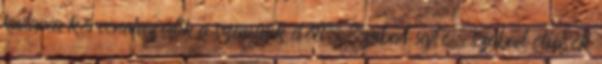
kudarca körvonalazódik a szemünk előtt. Szabad sajtó, szabad olvasók